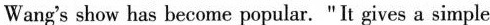
Wang's show has become popular. "It gives a simple